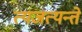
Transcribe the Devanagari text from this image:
त्यजत्यन्ते